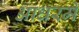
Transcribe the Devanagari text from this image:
आधरमे